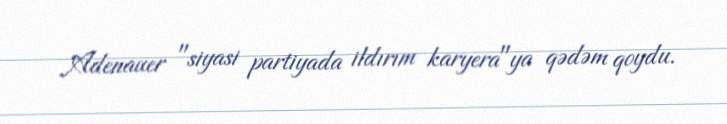
Adenauer "siyasi partiyada ildırım karyera"ya qədəm qoydu.